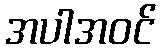
အပါအဝင်